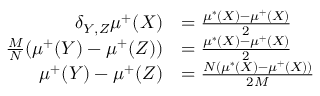
\begin{array} { r l } { \delta _ { Y , Z } \mu ^ { + } ( X ) } & { = \frac { \mu ^ { * } ( X ) - \mu ^ { + } ( X ) } { 2 } } \\ { \frac { M } { N } ( \mu ^ { + } ( Y ) - \mu ^ { + } ( Z ) ) } & { = \frac { \mu ^ { * } ( X ) - \mu ^ { + } ( X ) } { 2 } } \\ { \mu ^ { + } ( Y ) - \mu ^ { + } ( Z ) } & { = \frac { N ( \mu ^ { * } ( X ) - \mu ^ { + } ( X ) ) } { 2 M } } \end{array}